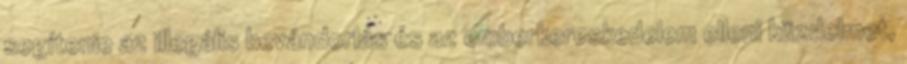
segítenie az illegális bevándorlás és az emberkereskedelem elleni küzdelmet,